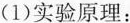
(1)实验原理：